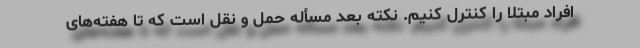
افراد مبتلا را کنترل کنیم. نکته بعد مسأله حمل و نقل است که تا هفته‌های